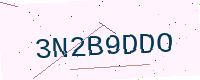
Text: 3N2B9DDO